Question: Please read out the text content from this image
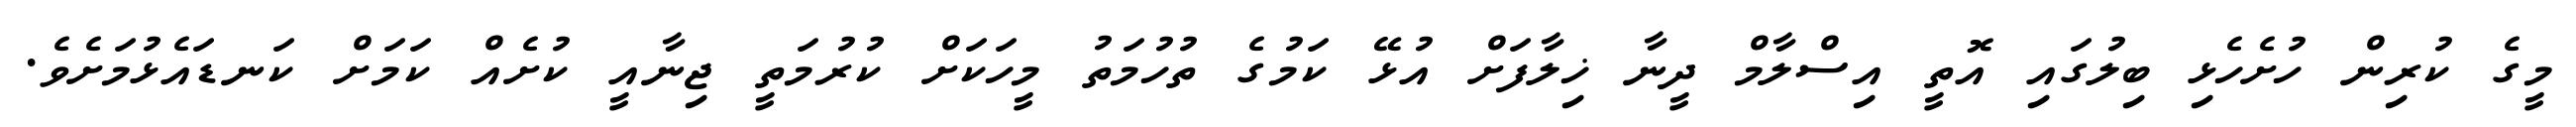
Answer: މީގެ ކުރިން ހުށެހެޅި ބިލުގައި އޮތީ އިސްލާމް ދީނާ ޚިލާފަށް އުޅޭ ކަމުގެ ތުހުމަތު މީހަކަށް ކުރުމަތީ ޖިނާއީ ކުށެއް ކަމަށް ކަނޑައެޅުމަށެވެ.